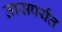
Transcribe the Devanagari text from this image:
तासपर्यंत